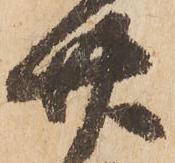
廿